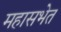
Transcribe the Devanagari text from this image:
महासभेत